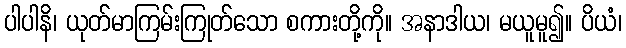
ပါပါနိ၊ ယုတ်မာကြမ်းကြုတ်သော စကားတို့ကို။ အနာဒါယ၊ မယူမူ၍။ ပိယံ၊